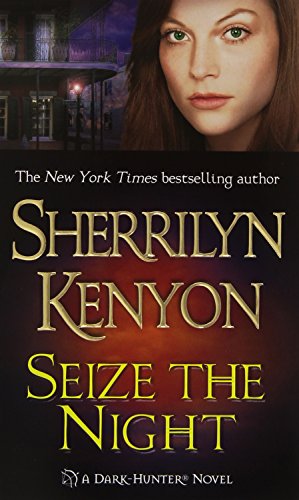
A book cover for Seize the Night (Dark-Hunter, Book 7); Sherrilyn Kenyon; Romance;